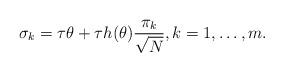
LaTeX: \begin{align*} \sigma_k= \tau \theta + \tau h(\theta) \frac{\pi_{k}}{\sqrt{N}}, k= 1, \ldots, m. \end{align*}